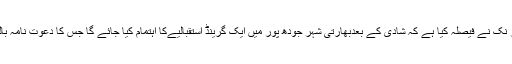
میڈیا رپورٹس کے مطابق پریانکا اور نک نے فیصلہ کیا ہے کہ شادی کے بعدبھارتی شہر جودھ پور میں ایک گرینڈ استقبالیےکا اہتمام کیا جائے گا جس کا دعوت نامہ بالی ووڈ شخصیات کوبھی دیا جائے گا۔